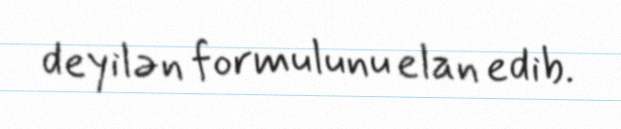
deyilən formulunu elan edib.